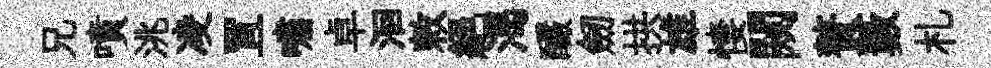
兄噴洮凌罝嘯卓洄敕絶渴釅劒拱雄悽闚贅藪札